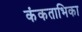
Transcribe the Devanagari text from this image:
कंकताभिका